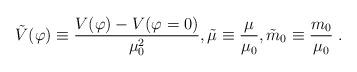
LaTeX: \begin{align*}{\tilde{V}}(\varphi)\equiv {\frac {V(\varphi)-V(\varphi=0)}{\mu_0^2}},{\tilde{\mu}}\equiv {\frac {\mu}{\mu_0}},{\tilde{m}}_0\equiv {\frac {m_0}{\mu_0}} \;.\end{align*}